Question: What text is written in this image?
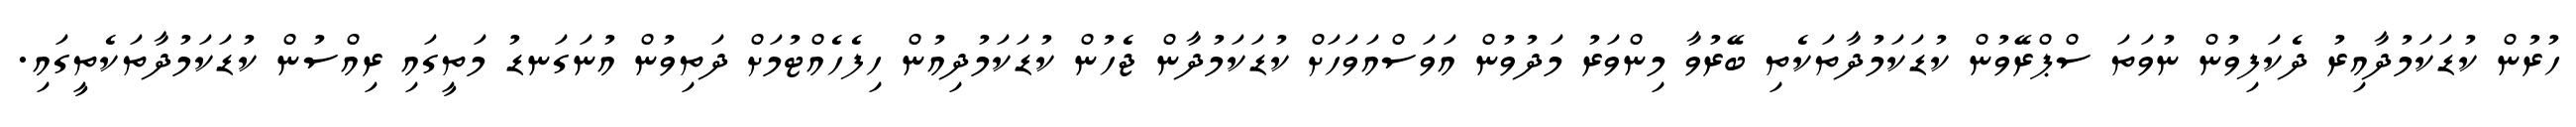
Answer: ހުރުން ކުޑަކަމުދާއިރު ދެކަފިވުން ނުވަތަ ސްޕްރޭވުން ކުޑަކަމުދާތަކެތި ބޭރުވާ މިންވަރު މަދުވުން އަވަސްއަވަހަށް ކުޑަކަމުދާން ޖެހުން ކުޑަކަމުދިއުން ހިފެހެއްޓުމަށް ދަތިވުން އުނަގަނޑު މަތީގައި ރިއްސުން ކުޑަކަމުދާތަކެތީގައި.